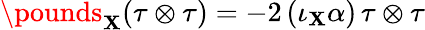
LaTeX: \pounds_{\mathbf{X}}(\tau\otimes\tau)=-2\, (\iota_{\mathbf{X}}\alpha)\, \tau\otimes\tau